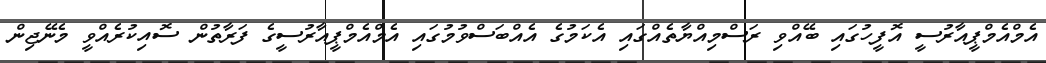
އެމްއެމްޕީއާރުސީ އޮފީހުގައި ބޭއްވި ރަސްމިއްޔާތެއްގައި އެކަމުގެ އެއްބަސްވުމުގައި އެމްއެމްޕީއާރުސީގެ ފަރާތުން ސޮއިކުރެއްވީ މެނޭޖިން